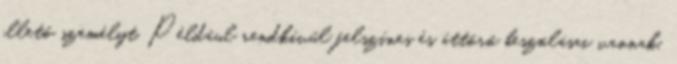
illető személyt. Például rendkívűl felszínes és áttörő beszólásai vannak,